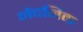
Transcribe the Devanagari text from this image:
नेदनिक